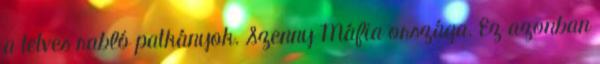
a tetves rabló patkányok. Szenny Máfia országa. Ez azonban